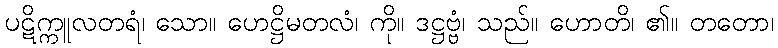
ပဋိက္ကူလတရံ၊ သော။ ဟေဋ္ဌိမတလံ၊ ကို။ ဒဋ္ဌဗ္ဗံ၊ သည်။ ဟောတိ၊ ၏။ တတော၊